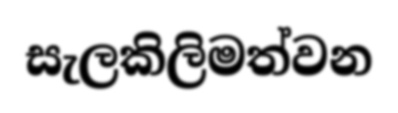
සැලකිලිමත්වන